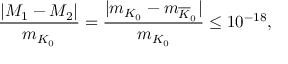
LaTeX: \frac { | M _ { 1 } - M _ { 2 } | } { m _ { K _ { 0 } } } = \frac { | m _ { K _ { 0 } } - m _ { { \overline { { { K } } } } _ { 0 } } | } { m _ { K _ { 0 } } } \leq 1 0 ^ { - 1 8 } ,